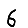
Digit: 6